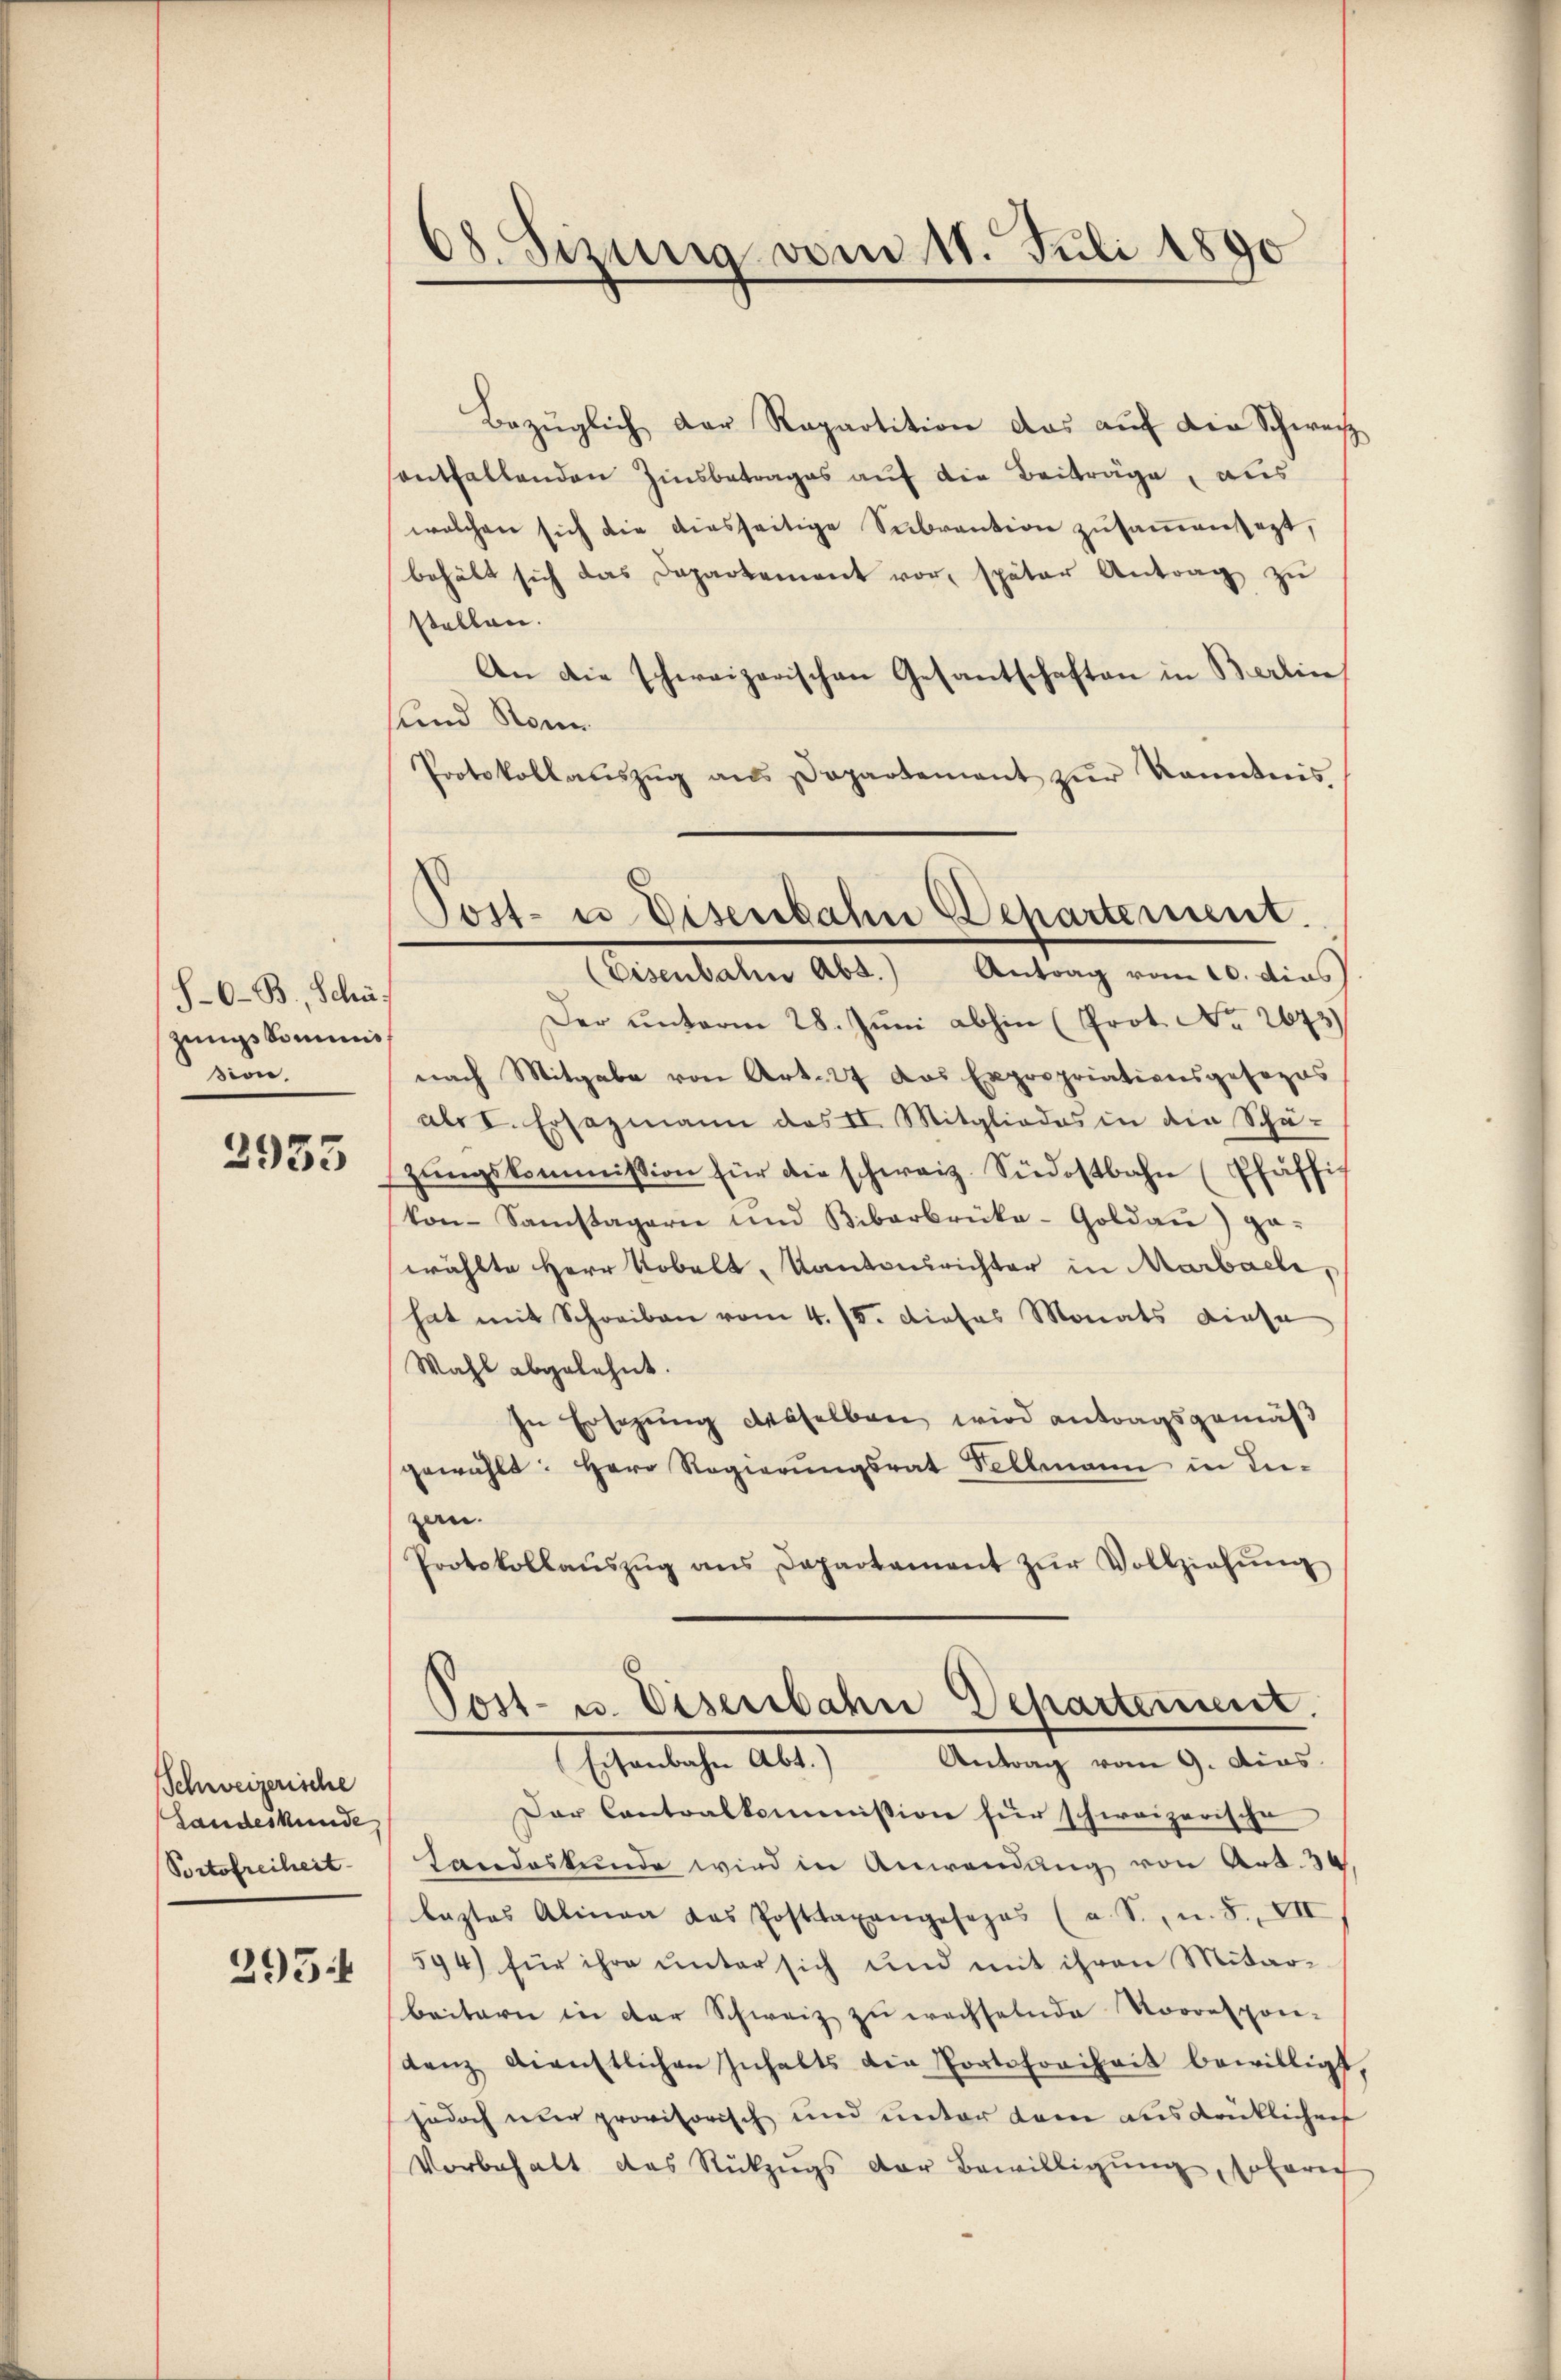
S-O-B., Schu
zungs kommis
sion.

3935

Schweizerische
Landeskunde
Portofreiheit
295.

68. Sizung vom 11. Juli 1890

Bezüglich der Repartition das auf die Schweiz
antfallenden Zinsbetrages auf die Beiträge, aus
welchen sich die diesseitige Subvention zŭsaṁensezt,
behält sich das Departement vor, später Antrag zu
stellen.
An die schweizerischen Gesantschaften in Berlin
und Sonn
Protokollaŭszŭg an Departement zŭr kanntnis
Der unterm 28. Juni abhin (Prot. No. 2673)
nach Mitgabe von Art. 27 das Expropriationsgesezes
als I. Ersazmann das II. Mitgliedes in die Schä-
zŭngskommission für die schweiz. Südostbahn (Pfäffis
kon-Samstagerie und Bibarbrüke-Goldaŭ) ga-
wählte Herr Robelt, Kantonsrichter in Marbach,
hat mit Schreiben vom 4. IV. Dieses Monats diese
Wahl abgelehnt.
In Ersezung desselben wird antragsgemäß
gewählt: Herr Regierungsrat Fellmann in In-
zen.
Protokollaŭszŭg ans Departament zŭr Vollziehŭng
Post- u. Eisenbahn Departement.
Eisenbahn Abt.) Antrag vom 9. dias.
Dar Cantoalkommission für schweizerische
tandeskunde wird in Anwendung von Art. 3
laztas Alinea das Posttaxangesezes (a. S., n. F. VII
594) für ihre unter sich und mit ihren Mitar-
beitern in der Schweiz zu wachselnde Vorrespon-
denz dienstlichen Inhalts die Portofreiheit bewilligt
jedoch nur provisorisch und unter dem ausdrücklichen
Vorbehalt das Rückzugs der Bewilligung, sofern

Tost- u Eisenbahn Departement.
(Eisenbahn Abs.) Antrag vom 20. dies